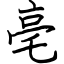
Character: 亳